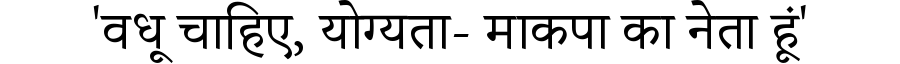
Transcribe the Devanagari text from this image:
'वधू चाहिए, योग्यता- माकपा का नेता हूं'